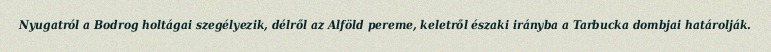
Nyugatról a Bodrog holtágai szegélyezik, délről az Alföld pereme, keletről északi irányba a Tarbucka dombjai határolják.